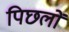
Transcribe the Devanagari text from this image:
पिछलों